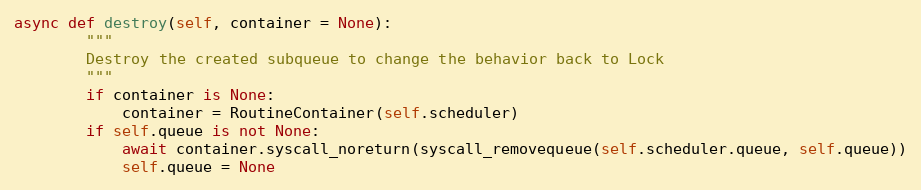
Language: Python
async def destroy(self, container = None):
        """
        Destroy the created subqueue to change the behavior back to Lock
        """
        if container is None:
            container = RoutineContainer(self.scheduler)
        if self.queue is not None:
            await container.syscall_noreturn(syscall_removequeue(self.scheduler.queue, self.queue))
            self.queue = None